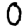
Digit: 0